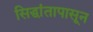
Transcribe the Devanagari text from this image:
सिद्धांतापासून